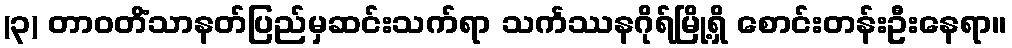
(၃) တာဝတိံသာနတ်ပြည်မှဆင်းသက်ရာ သင်္ကဿနဂိုရ်မြို့ရှိ စောင်းတန်းဦးနေရာ။